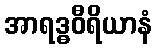
အာရဒ္ဓဝီရိယာနံ